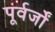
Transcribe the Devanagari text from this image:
पूर्वर्जों